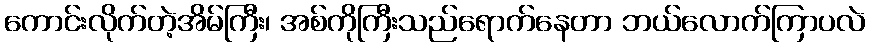
ကောင်းလိုက်တဲ့အိမ်ကြီး၊ အစ်ကိုကြီးသည်ရောက်နေတာ ဘယ်လောက်ကြာပလဲ